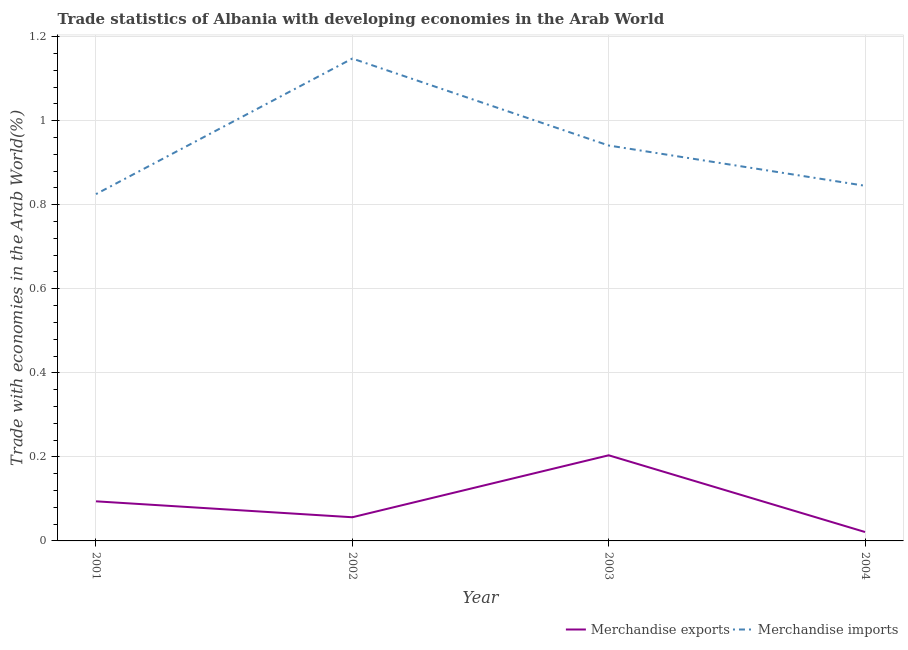
| Year | Merchandise exports | Merchandise imports |
 | --- | --- | --- |
 | 2001 | 0.0942 | 0.825 |
 | 2002 | 0.0563 | 1.15 |
 | 2003 | 0.204 | 0.941 |
 | 2004 | 0.0212 | 0.845 |